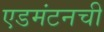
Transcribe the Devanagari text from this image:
एडमंटनची